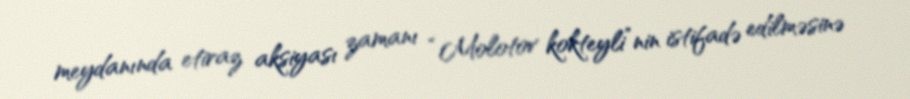
meydanında etiraz aksiyası zamanı “Molotov kokteyli”nin istifadə edilməsinə